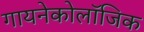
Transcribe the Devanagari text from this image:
गायनेकोलॉजिक